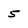
Character: 5